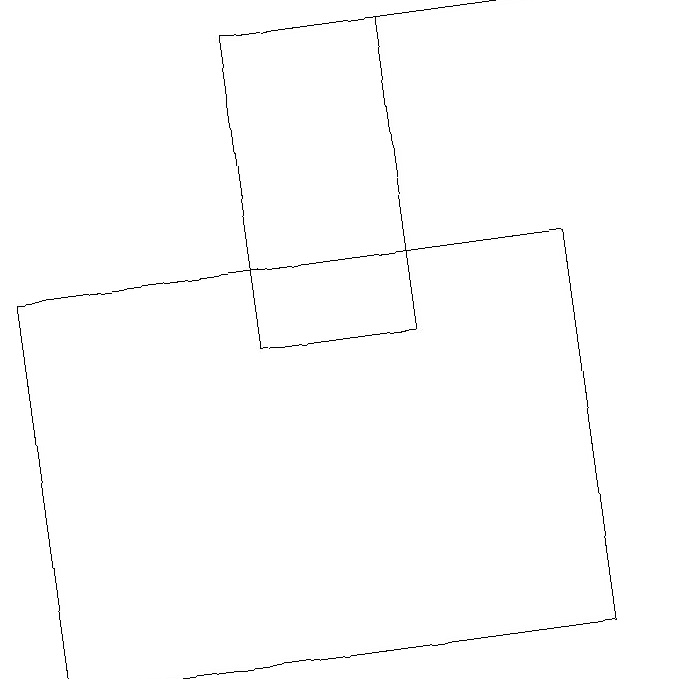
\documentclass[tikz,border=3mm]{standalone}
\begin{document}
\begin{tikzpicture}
\draw[->] (4,19) -- (8,19);
\draw (7,11) rectangle (0,16);
\draw (3,19) rectangle (5,15);
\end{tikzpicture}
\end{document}